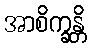
အာစိက္ခန္တိ